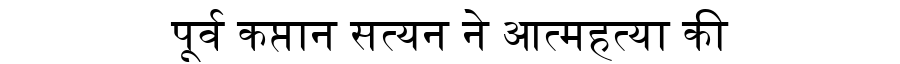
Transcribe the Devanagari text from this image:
पूर्व कप्तान सत्यन ने आत्महत्या की